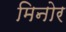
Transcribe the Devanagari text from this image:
मिनोर